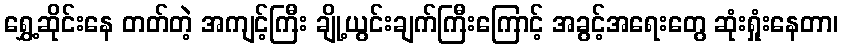
ရွှေ့ဆိုင်းနေ တတ်တဲ့ အကျင့်ကြီး ချို့ယွင်းချက်ကြီးကြောင့် အခွင့်အရေးတွေ ဆုံးရှုံးနေတာ၊